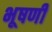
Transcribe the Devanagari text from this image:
भूषणी